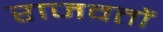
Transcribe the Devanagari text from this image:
राजवतों